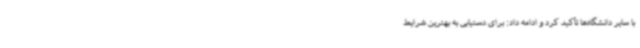
با سایر دانشگاه‌ها تأکید کرد و ادامه داد: برای دستیابی به بهترین شرایط